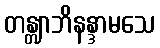
တန္တျာဘိနန္ဒာမသေ